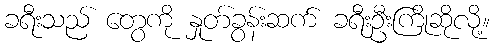
ခရီးသည် တွေကို နှုတ်ခွန်းဆက် ခရီးဦးကြိုဆိုလို့။